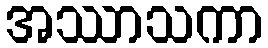
အဿာသကာ